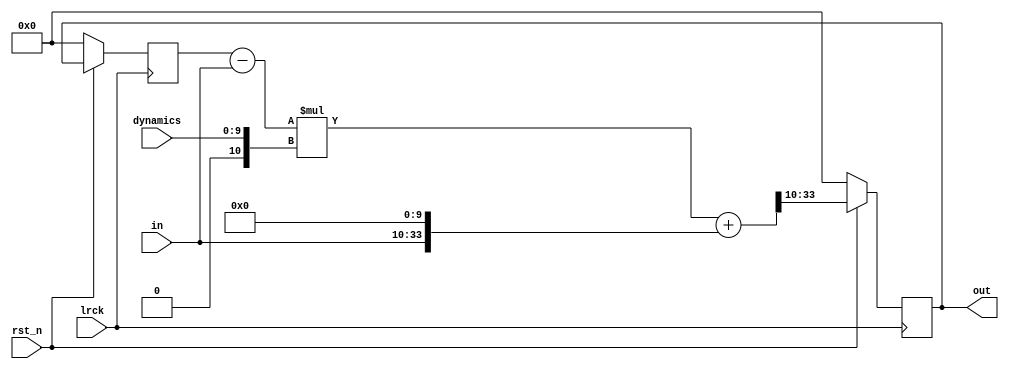
// SPDX-License-Identifier: MIT
// SPDX-FileCopyrightText: 2021 Tamas Hubai

`default_nettype none

// dynamics lowpass filter for karplus-strong
// out = (1-dynamics) * in + dynamics * out_{-1}

module ks_dynamics (
   input lrck,
   input rst_n,
   input [9:0] dynamics,
   input signed [23:0] in,
   output reg signed [23:0] out
);

reg signed [23:0] last_out;
wire signed [33:0] last_out_w = last_out;
wire signed [33:0] in_w = in;
wire signed [33:0] dyn_s = dynamics;
wire signed [33:0] out_lowpass_w = (last_out_w - in_w) * dyn_s + (in_w << 10);
wire signed [23:0] out_lowpass = out_lowpass_w[33:10];

always @ (posedge lrck) begin
   if (!rst_n) begin
      out <= 0;
      last_out <= 0;
   end else begin
      out <= out_lowpass;
      last_out <= out;
   end
end

endmodule

`default_nettype wire